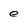
Character: e